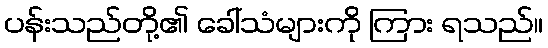
ပန်းသည်တို့၏ ခေါ်သံများကို ကြား ရသည်။